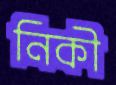
নিকী